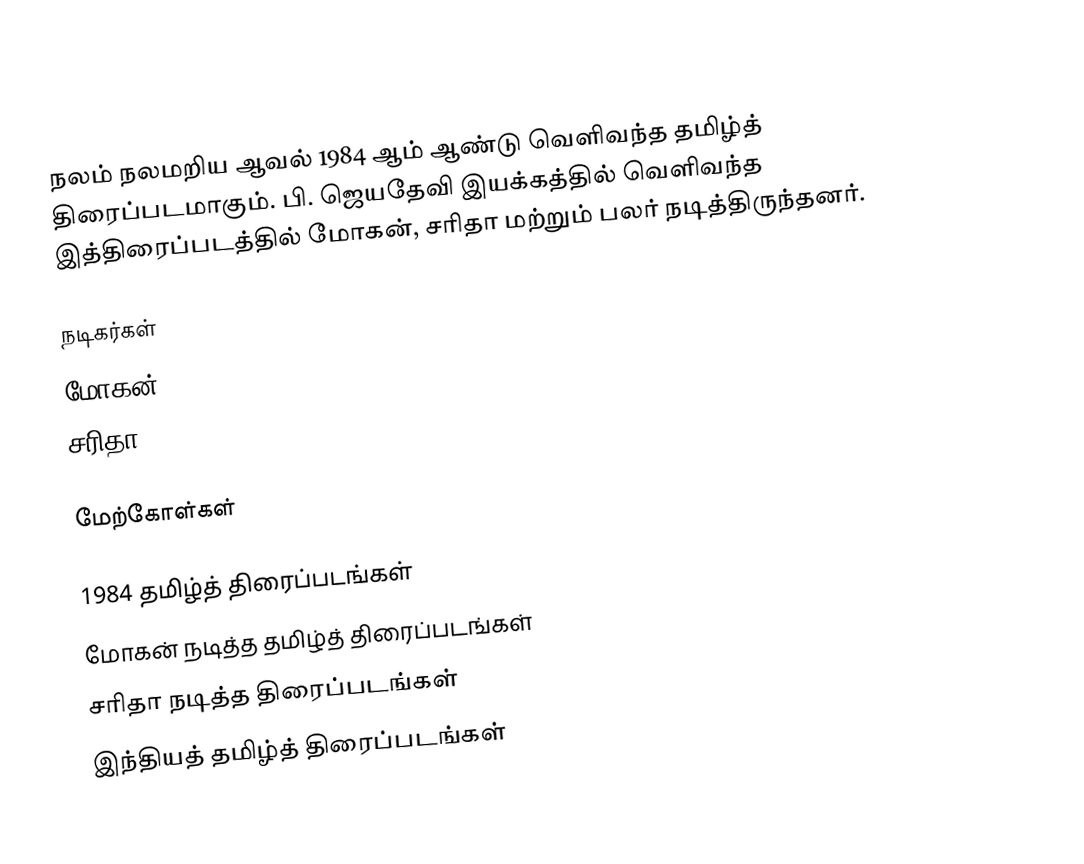
நலம் நலமறிய ஆவல் 1984 ஆம் ஆண்டு வெளிவந்த தமிழ்த் திரைப்படமாகும். பி. ஜெயதேவி இயக்கத்தில் வெளிவந்த இத்திரைப்படத்தில் மோகன், சரிதா மற்றும் பலர் நடித்திருந்தனர்.

நடிகர்கள்
 மோகன்
 சரிதா

மேற்கோள்கள்

1984 தமிழ்த் திரைப்படங்கள்
மோகன் நடித்த தமிழ்த் திரைப்படங்கள்
சரிதா நடித்த திரைப்படங்கள்
இந்தியத் தமிழ்த் திரைப்படங்கள்